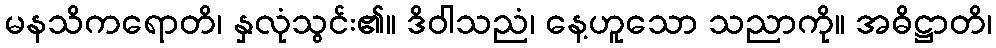
မနသိကရောတိ၊ နှလုံသွင်း၏။ ဒိဝါသညံ၊ နေ့ဟူသော သညာကို။ အဓိဋ္ဌာတိ၊